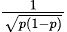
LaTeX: \scriptstyle{\frac{1}{\sqrt{p(1-p)}}}